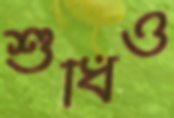
শুধিও